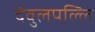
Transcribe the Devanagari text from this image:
देवुलपल्लि